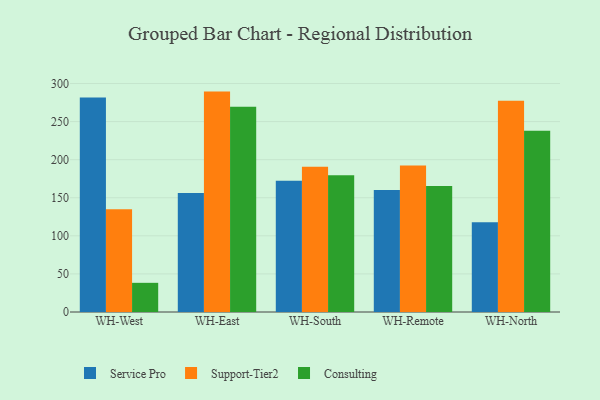
{"axis": {"x": "Warehouse", "y": "Net Income (USD K)"}, "legend": ["Consulting", "Service Pro", "Support-Tier2"], "data": [{"x": "WH-West", "y": 281.5, "type": "Service Pro"}, {"x": "WH-West", "y": 134.8, "type": "Support-Tier2"}, {"x": "WH-West", "y": 38.3, "type": "Consulting"}, {"x": "WH-East", "y": 156.2, "type": "Service Pro"}, {"x": "WH-East", "y": 289.4, "type": "Support-Tier2"}, {"x": "WH-East", "y": 269.5, "type": "Consulting"}, {"x": "WH-South", "y": 172.5, "type": "Service Pro"}, {"x": "WH-South", "y": 190.6, "type": "Support-Tier2"}, {"x": "WH-South", "y": 179.6, "type": "Consulting"}, {"x": "WH-Remote", "y": 160.1, "type": "Service Pro"}, {"x": "WH-Remote", "y": 192.5, "type": "Support-Tier2"}, {"x": "WH-Remote", "y": 165.6, "type": "Consulting"}, {"x": "WH-North", "y": 117.8, "type": "Service Pro"}, {"x": "WH-North", "y": 277.4, "type": "Support-Tier2"}, {"x": "WH-North", "y": 238.1, "type": "Consulting"}]}